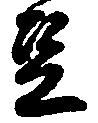
豆